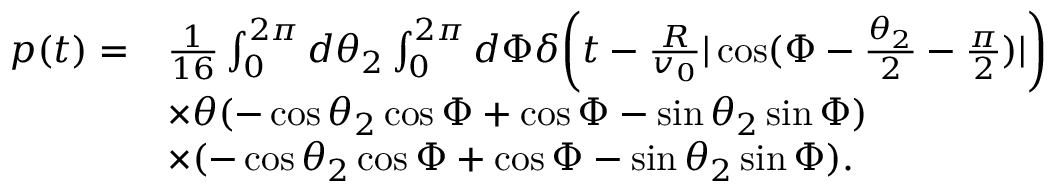
\begin{array} { r l } { p ( t ) = } & { \frac { 1 } { 1 6 } \int _ { 0 } ^ { 2 \pi } d \theta _ { 2 } \int _ { 0 } ^ { 2 \pi } d \Phi \delta \bigg ( t - \frac { R } { v _ { 0 } } | \cos ( \Phi - \frac { \theta _ { 2 } } { 2 } - \frac { \pi } { 2 } ) | \bigg ) } \\ & { \times \theta ( - \cos \theta _ { 2 } \cos \Phi + \cos \Phi - \sin \theta _ { 2 } \sin \Phi ) } \\ & { \times ( - \cos \theta _ { 2 } \cos \Phi + \cos \Phi - \sin \theta _ { 2 } \sin \Phi ) . } \end{array}